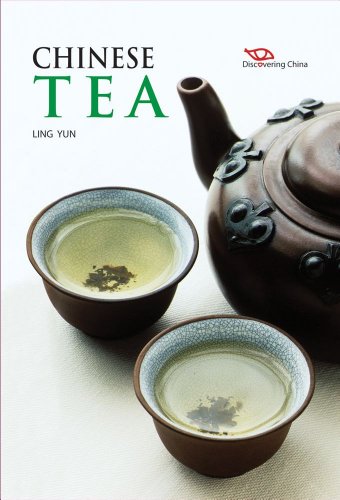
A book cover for Chinese Tea (Discovering China); Ling Yun; Cookbooks, Food & Wine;